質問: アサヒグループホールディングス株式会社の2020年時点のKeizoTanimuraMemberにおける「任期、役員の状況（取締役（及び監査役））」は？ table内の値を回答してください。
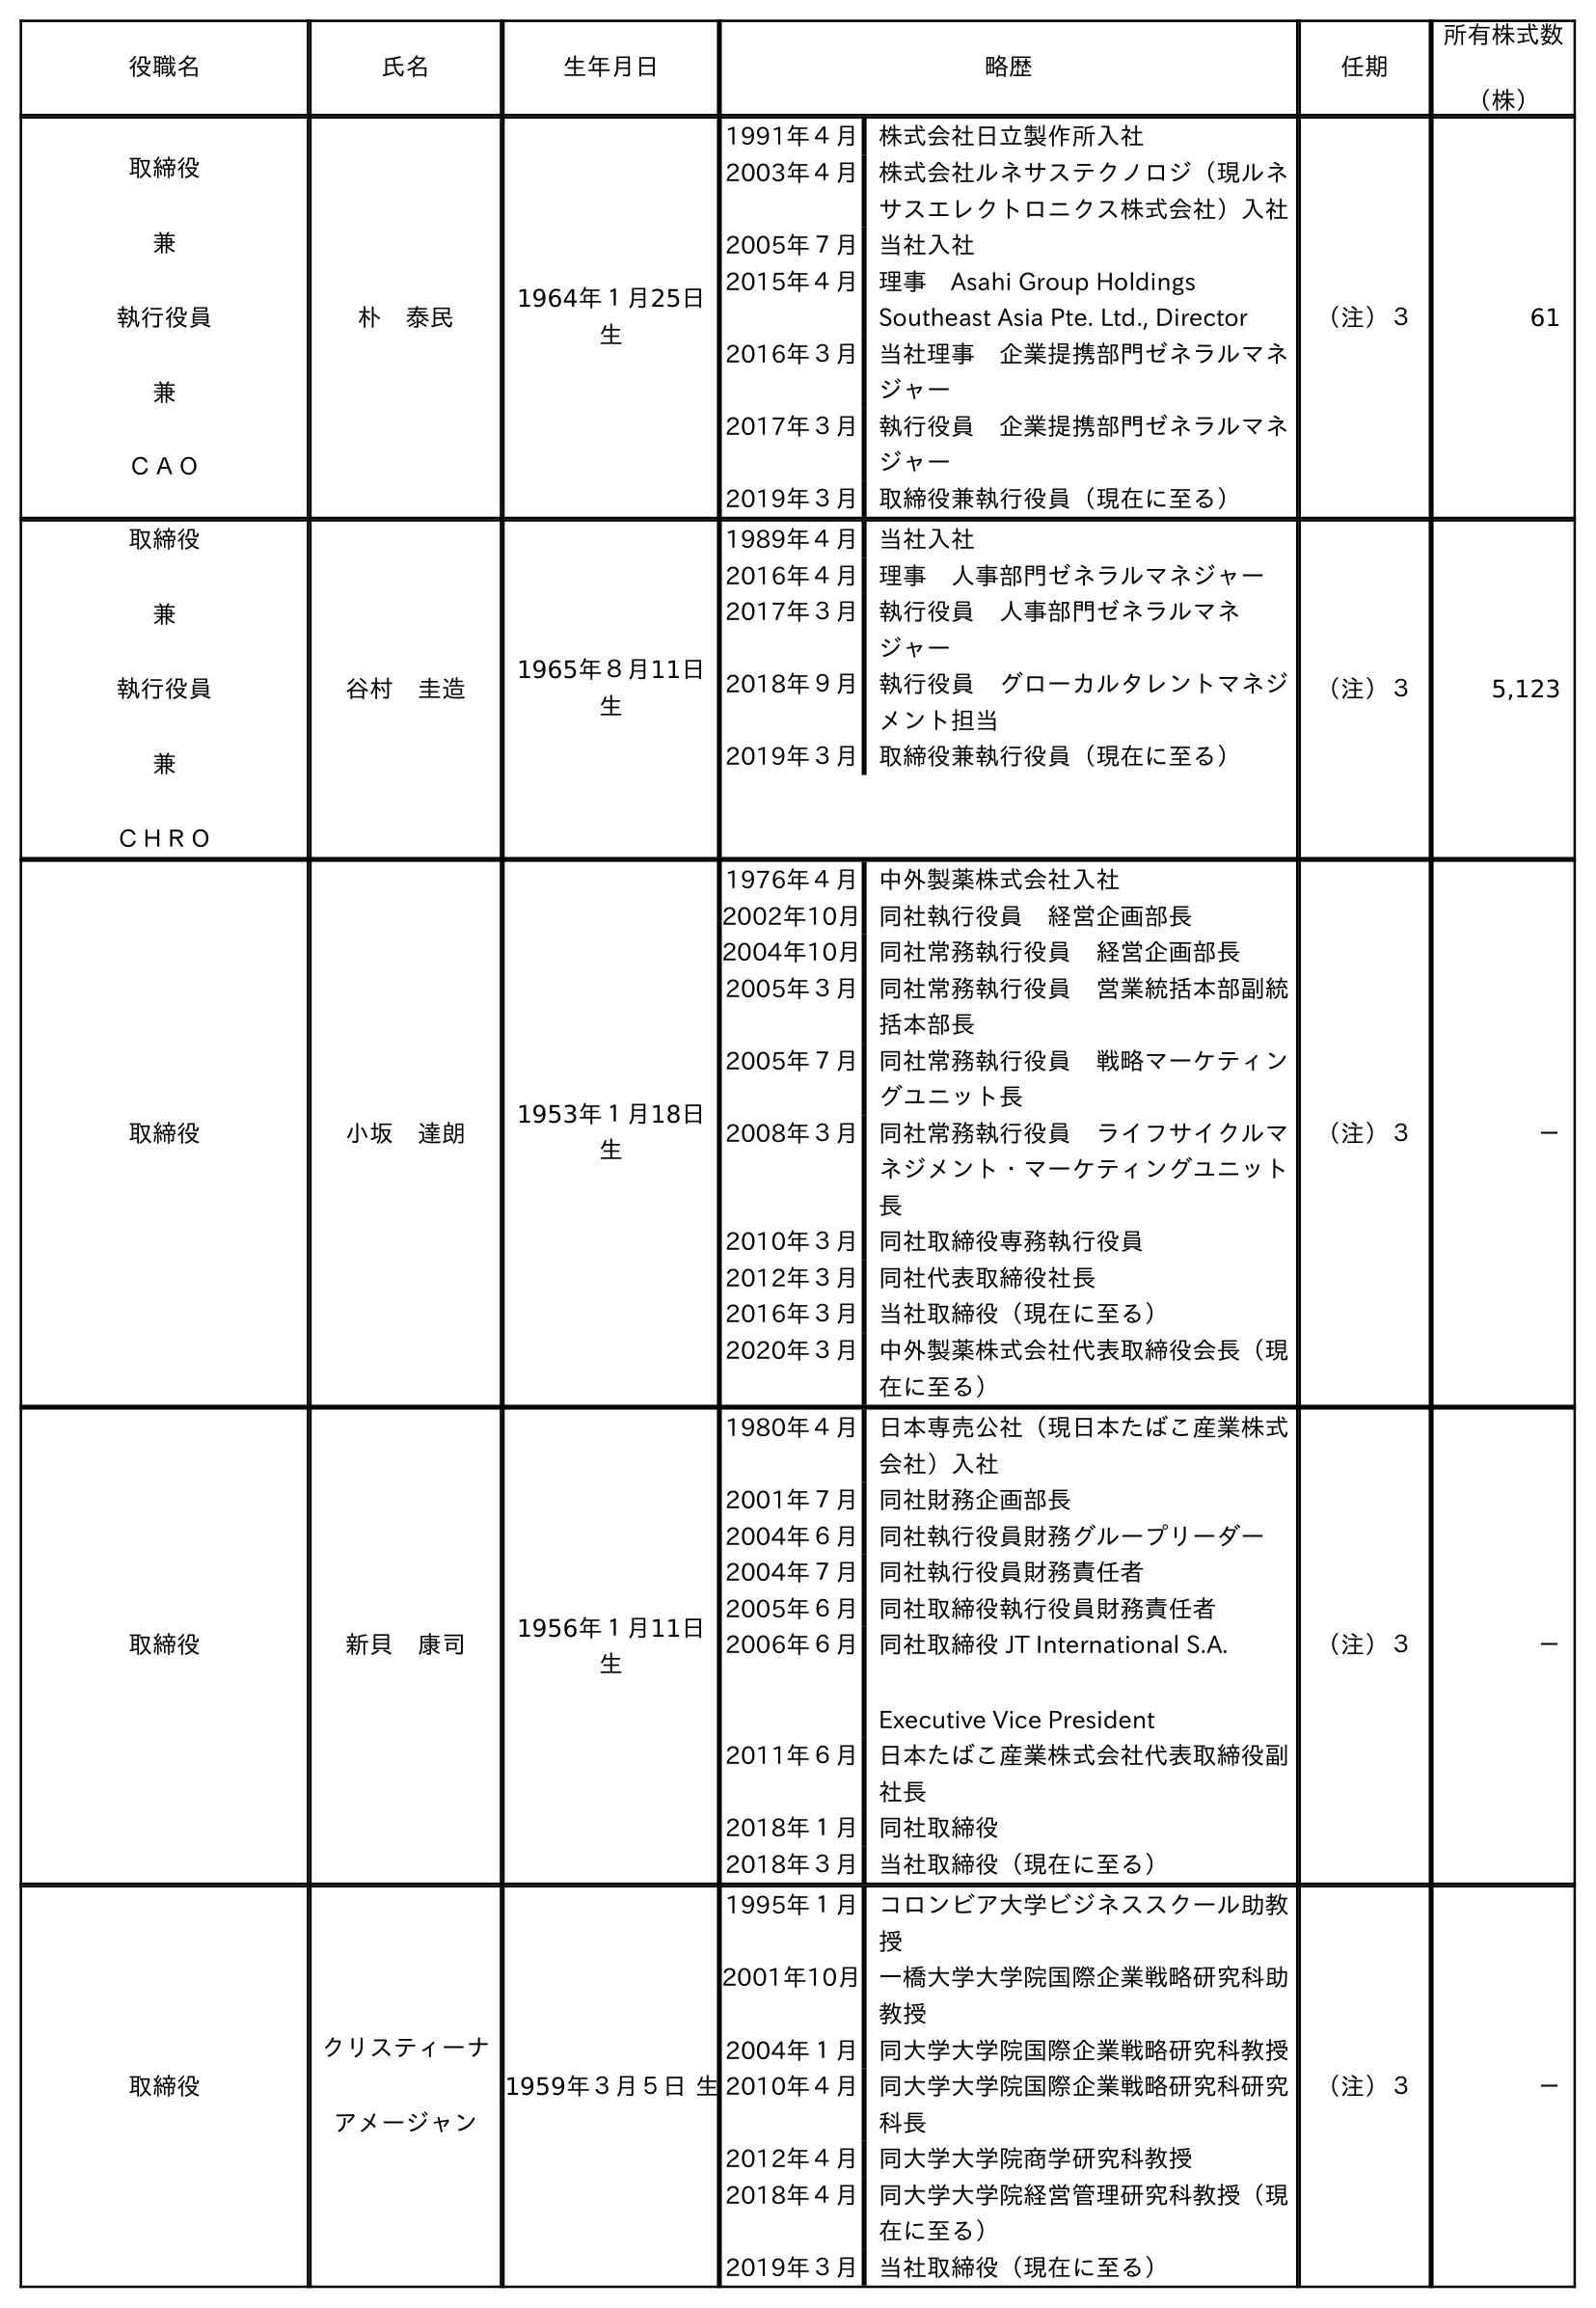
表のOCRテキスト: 役職名 氏名 生年月日 略歴 任期 所有株式数 （株） 取締役 兼 執行役員 兼 ＣＡＯ 朴 泰民 1964年１月25日 生 1991年４月 株式会社日立製作所入社 2003年４月 株式会社ルネサステクノロジ（現ルネ サスエレクトロニクス株式会社）入社 2005年７月 当社入社 2015年４月 理事 Asahi Group Holdings Southeast Asia Pte. Ltd., Director 2016年３月 当社理事 企業提携部門ゼネラルマネ ジャー 2017年３月 執行役員 企業提携部門ゼネラルマネ ジャー 2019年３月 取締役兼執行役員（現在に至る） （注）３ 61 取締役 兼 執行役員 兼 ＣＨＲＯ 谷村 圭造 1965年８月11日 生 1989年４月 当社入社 2016年４月 理事 人事部門ゼネラルマネジャー 2017年３月 執行役員 人事部門ゼネラルマネ ジャー 2018年９月 執行役員 グローカルタレントマネジ メント担当 2019年３月 取締役兼執行役員（現在に至る） （注）３ 5,123 取締役 小坂 達朗 1953年１月18日 生 1976年４月 中外製薬株式会社入社 2002年10月同社執行役員 経営企画部長 2004年10月同社常務執行役員 経営企画部長 2005年３月 同社常務執行役員 営業統括本部副統 括本部長 2005年７月 同社常務執行役員 戦略マーケティン グユニット長 2008年３月 同社常務執行役員 ライフサイクルマ ネジメント・マーケティングユニット 長 2010年３月 同社取締役専務執行役員 2012年３月 同社代表取締役社長 2016年３月 当社取締役（現在に至る） 2020年３月 中外製薬株式会社代表取締役会長（現 在に至る） （注）３ － 取締役 新貝 康司 1956年１月11日 生 1980年４月 日本専売公社（現日本たばこ産業株式 会社）入社 2001年７月 同社財務企画部長 2004年６月 同社執行役員財務グループリーダー 2004年７月 同社執行役員財務責任者 2005年６月 同社取締役執行役員財務責任者 2006年６月 同社取締役 JT International S.A. Executive Vice President 2011年６月 日本たばこ産業株式会社代表取締役副 社長 2018年１月 同社取締役 2018年３月 当社取締役（現在に至る） （注）３ － 取締役 クリスティーナ アメージャン 1959年３月５日 生 1995年１月 コロンビア大学ビジネススクール助教 授 2001年10月一橋大学大学院国際企業戦略研究科助 教授 2004年１月 同大学大学院国際企業戦略研究科教授 2010年４月 同大学大学院国際企業戦略研究科研究 科長 2012年４月 同大学大学院商学研究科教授 2018年４月 同大学大学院経営管理研究科教授（現 在に至る） 2019年３月 当社取締役（現在に至る） （注）３ －
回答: （注）３